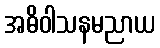
အဓိဝါသနမညာယ